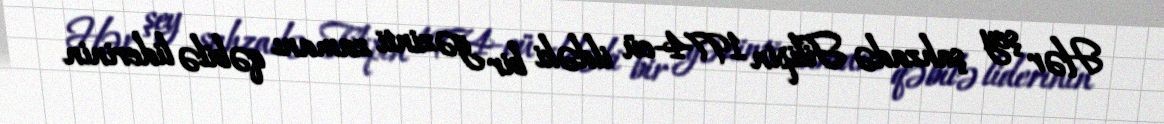
Hər şey şahzadə Filipin 1974-cü ildəki bir gəzinti zamanı qəbilə liderinin